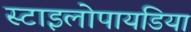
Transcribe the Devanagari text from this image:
स्टाइलोपायडिया